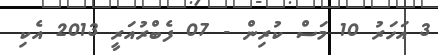
3 އަހަރު 10 މަސް ކުރިން - 07 ފެބްރުއަރީ 2013 އެކި